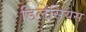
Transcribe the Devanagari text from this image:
डिलेसियस